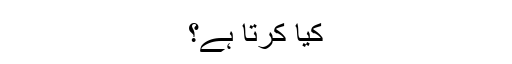
کیا کرتا ہے؟